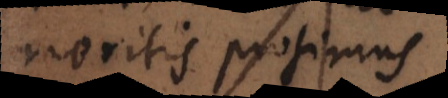
eritis prosimus,